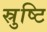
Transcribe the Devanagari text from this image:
स्रुष्टि